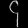
Digit: ၄